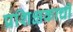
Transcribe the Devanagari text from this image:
प्रशिक्षकाची